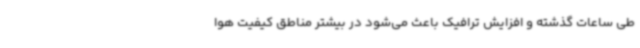
طی ساعات گذشته و افزایش ترافیک باعث می‌شود در بیشتر مناطق کیفیت هوا